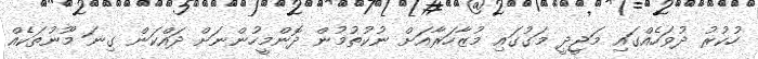
ހުކުރު ދުވަހެއްގައި މަޖީދީ މަގުގައި މުޒާހަރާއަށް ނުކުތުމުން ދޮންމީހުންނަށް ދައްކަން ގިނަ މޫނުތަކެއް